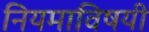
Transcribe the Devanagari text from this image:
नियमाविषयी